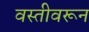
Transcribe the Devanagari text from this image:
वस्तीवरून